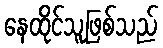
နေထိုင်သူဖြစ်သည်